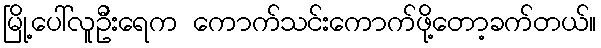
မြို့ပေါ်လူဦးရေက ကောက်သင်းကောက်ဖို့တော့ခက်တယ်။